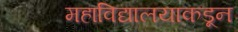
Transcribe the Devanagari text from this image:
महाविद्यालयाकडून